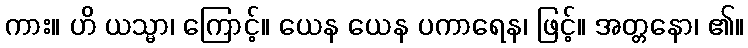
ကား။ ဟိ ယသ္မာ၊ ကြောင့်။ ယေန ယေန ပကာရေန၊ ဖြင့်။ အတ္တနော၊ ၏။